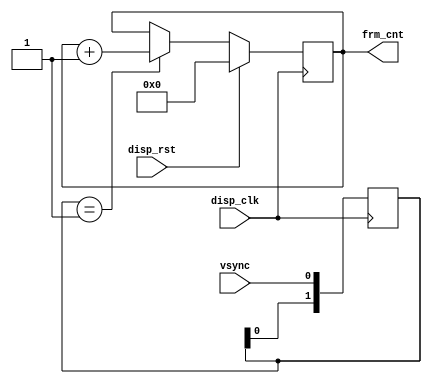
module cnt_frm
(
input  wire          disp_clk      ,
input  wire          disp_rst      ,
       
input  wire          vsync         ,
output reg  [8:0]    frm_cnt 
);

reg [1:0] vsync_ff;

always @(posedge disp_clk)
  vsync_ff <= {vsync_ff[0], vsync};
  
wire vsync_ff_rising = vsync_ff == 2'b01;  

always @(posedge disp_clk)
if(disp_rst)
   frm_cnt <= 0;
else if(vsync_ff_rising)   
   frm_cnt <= frm_cnt + 1;
   
   

endmodule